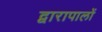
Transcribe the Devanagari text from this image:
द्वारापालों